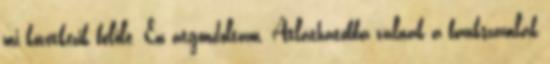
mi következik belőle. Én átgondoltam. Átláthatóbbá válnak a bankszámlák